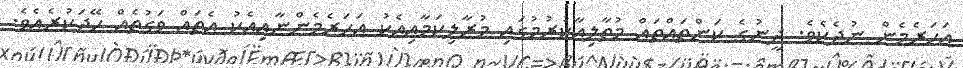
އަހަރެމެން ނުދެކެވެ. ދީނުގެ ކަންތައްތައް މުތާލިއާކުރުމުގައި މުރާލިކަމާއިއެކު އަހަރެމެންނާއިއެކު އެތައް ވަގުތެއް ހޭދަކުރެއެވެ.